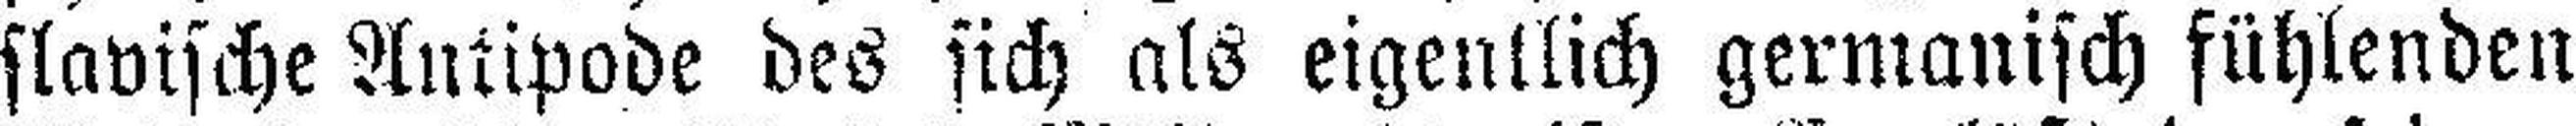
slavische Antipode des sich als eigentlich germanisch fühlenden